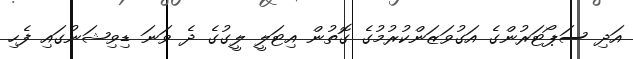
އަދި ސަޕޯޓަރުންގެ އަގުވަޒަންކުރުމުގެ ގޮތުން އިޓަލީ ލީގުގެ ދެ ވަނަ ޑިވިޝަނުގައި ފެހި